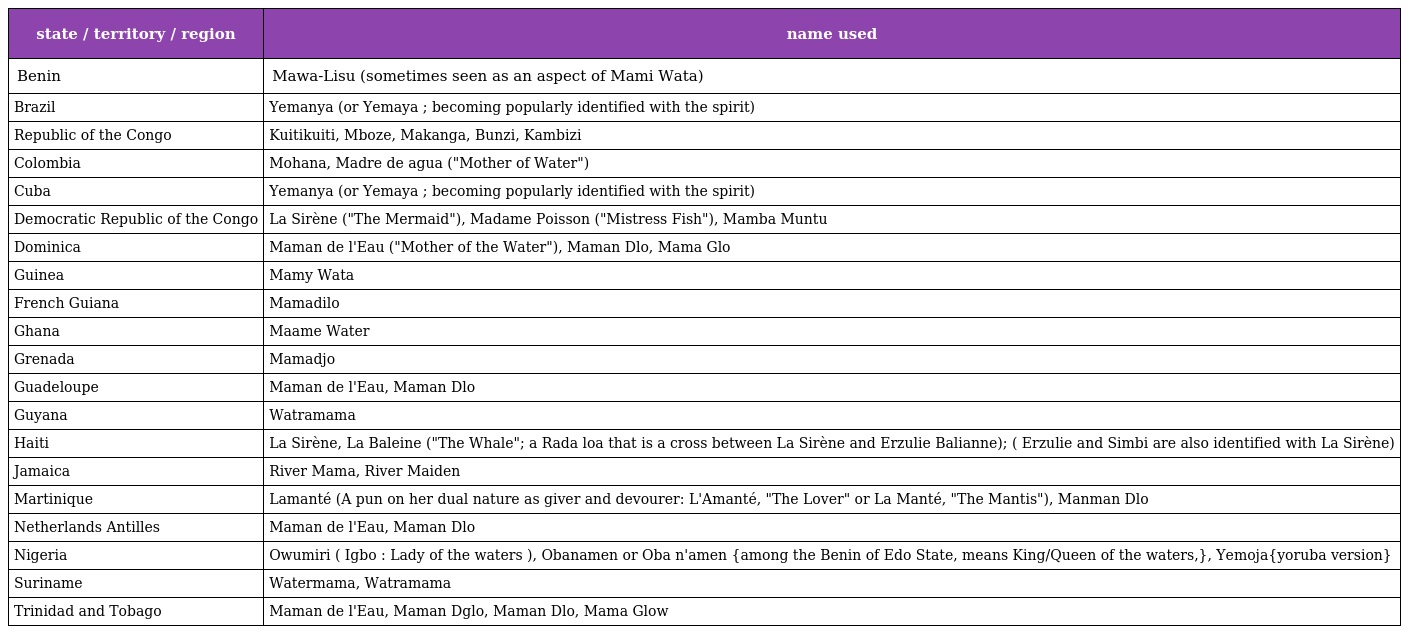
| state / territory / region | name used |
 | --- | --- |
 | Benin | Mawa-Lisu (sometimes seen as an aspect of Mami Wata) |
 | Brazil | Yemanya (or Yemaya ; becoming popularly identified with the spirit) |
 | Republic of the Congo | Kuitikuiti, Mboze, Makanga, Bunzi, Kambizi |
 | Colombia | Mohana, Madre de agua ("Mother of Water") |
 | Cuba | Yemanya (or Yemaya ; becoming popularly identified with the spirit) |
 | Democratic Republic of the Congo | La Sirène ("The Mermaid"), Madame Poisson ("Mistress Fish"), Mamba Muntu |
 | Dominica | Maman de l'Eau ("Mother of the Water"), Maman Dlo, Mama Glo |
 | Guinea | Mamy Wata |
 | French Guiana | Mamadilo |
 | Ghana | Maame Water |
 | Grenada | Mamadjo |
 | Guadeloupe | Maman de l'Eau, Maman Dlo |
 | Guyana | Watramama |
 | Haiti | La Sirène, La Baleine ("The Whale"; a Rada loa that is a cross between La Sirène and Erzulie Balianne); ( Erzulie and Simbi are also identified with La Sirène) |
 | Jamaica | River Mama, River Maiden |
 | Martinique | Lamanté (A pun on her dual nature as giver and devourer: L'Amanté, "The Lover" or La Manté, "The Mantis"), Manman Dlo |
 | Netherlands Antilles | Maman de l'Eau, Maman Dlo |
 | Nigeria | Owumiri ( Igbo : Lady of the waters ), Obanamen or Oba n'amen {among the Benin of Edo State, means King/Queen of the waters,}, Yemoja{yoruba version} |
 | Suriname | Watermama, Watramama |
 | Trinidad and Tobago | Maman de l'Eau, Maman Dglo, Maman Dlo, Mama Glow |